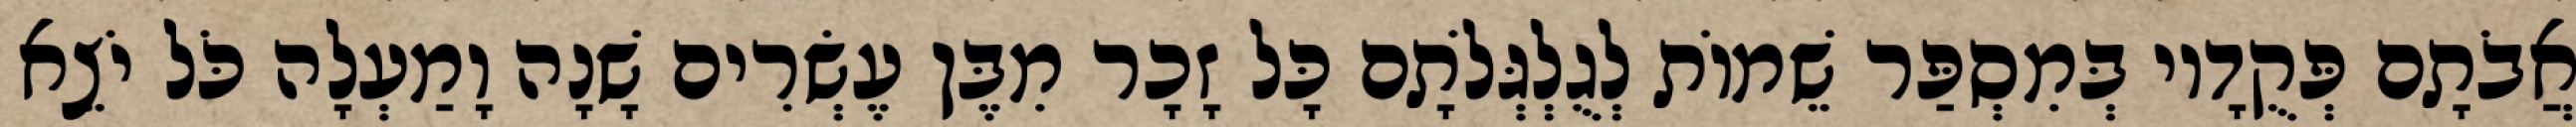
אֲבֹתָם פְּקֻדָיו בְּמִסְפַּר שֵׁמוֹת לְגֻלְגְּלֹתָם כָּל זָכָר מִבֶּן עֶשְׂרִים שָׁנָה וָמַעְלָה כֹּל יֹצֵא